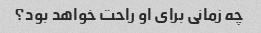
چه زمانی برای او راحت خواهد بود؟